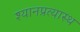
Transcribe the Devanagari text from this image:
श्यानप्रत्यास्थ